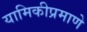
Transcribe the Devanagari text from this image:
यामिकीप्रमाणे